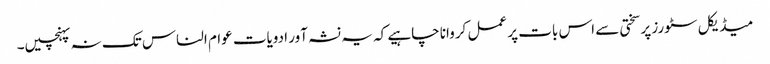
میڈیکل سٹورز پر سختی سے اس بات پر عمل کروانا چاہیے کہ یہ نشہ آور ادویات عوام الناس تک نہ پہنچیں۔